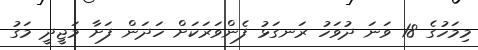
މިމަހުގެ 18 ވަނަ ދުވަހު ރަނގަޅު ފެންވަރަކަށް ހަދަން ފަށާ މަޖީދީ މަގު